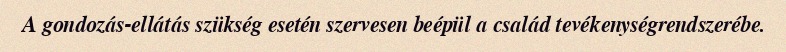
A gondozás-ellátás szükség esetén szervesen beépül a család tevékenységrendszerébe.